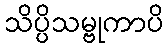
သိပ္ပိသမ္ဗုကာပိ